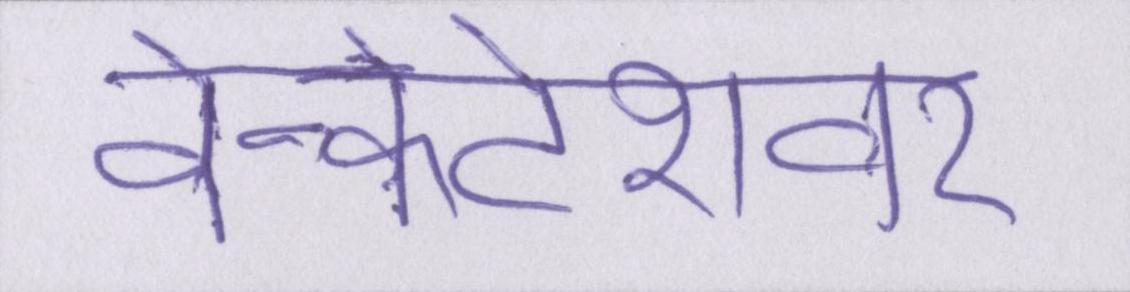
वेन्कटेशवर